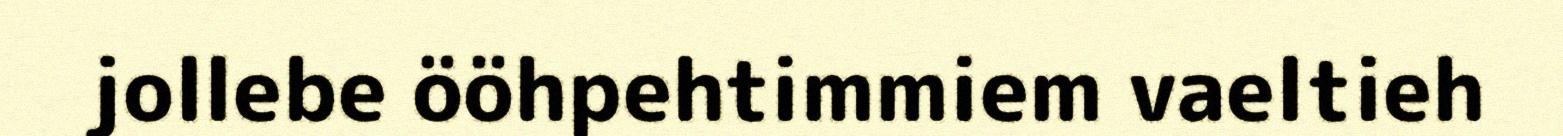
jollebe ööhpehtimmiem vaeltieh